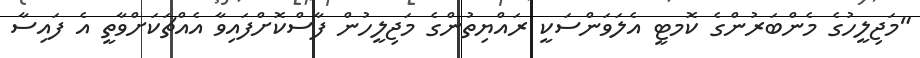
"މަޖިލީހުގެ މެންބަރުންގެ ކޮމޓީ އެލަވަންސަކީ ރައްޔިތުންގެ މަޖިލީހުން ފާސްކޮށްފައިވާ އެއްޗަކަށްވާތީ އެ ފައިސާ